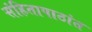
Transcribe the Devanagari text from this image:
संहितापाठांत